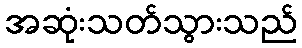
အဆုံးသတ်သွားသည်